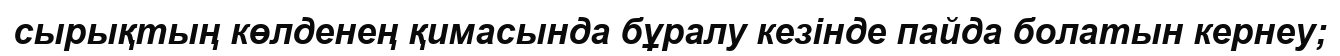
сырықтың көлденең қимасында бұралу кезінде пайда болатын кернеу;